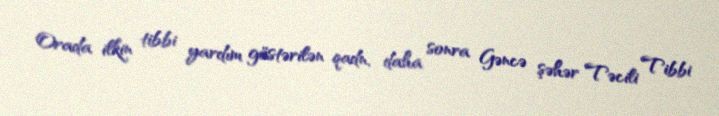
Orada ilkin tibbi yardım göstərilən qadn, daha sonra Gəncə şəhər Təcili Tibbi